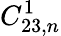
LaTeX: C_{23,n}^{1}